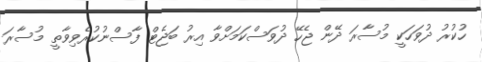
ހުކުރު ދުވަހަކީ މުސާރަ ދޭން ޖެހޭ ދުވަސްކަމަށްވާ އިރު ބަޖެޓް ފާސްނުކުރެވިވާތީ މުސާރަ